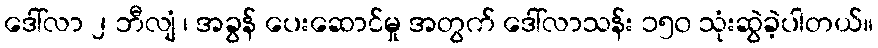
ဒေါ်လာ ၂ ဘီလျံ ၊ အခွန် ပေးဆောင်မှု အတွက် ဒေါ်လာသန်း ၁၅၀ သုံးဆွဲခဲ့ပါတယ်။